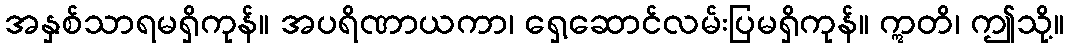
အနှစ်သာရမရှိကုန်။ အပရိဏာယကာ၊ ရှေ့ဆောင်လမ်းပြမရှိကုန်။ ဣတိ၊ ဤသို့။